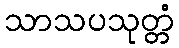
သာသပသုတ္တံ